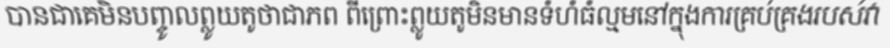
បានជាគេមិនបញ្ចូលព្លូយតូថាជាភព ពីព្រោះព្លូយតូមិនមានទំហំធំល្មមនៅក្នុងការគ្រប់គ្រងរបស់វា